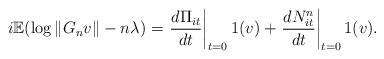
LaTeX: \begin{align*}i \mathbb{E} (\log \|G_n v\| - n \lambda) = \left. \frac{ d \Pi_{it} }{ dt } \right|_{t=0} 1(v) + \left. \frac{ d N^{n}_{it} }{ dt } \right|_{t=0} 1(v).\end{align*}